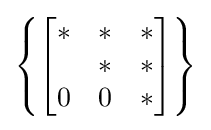
\left\{{\begin{bmatrix}*&*&*\\*&*&*\\0&0&*\end{bmatrix}}\right\}